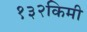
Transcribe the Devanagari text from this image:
१३२किमी